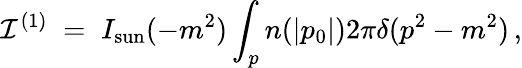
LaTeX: {\cal I}^{(1)}\; =\; I_{\mathrm{sun}}(-m^{2})\int_{p}n(|p_{0}|)2\pi\delta(p^{2}-m^{2})\, ,